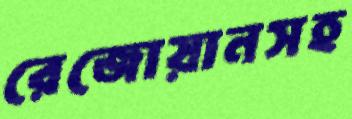
রেজোয়ানসহ